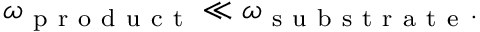
\omega _ { \mathrm { ~ p ~ r ~ o ~ d ~ u ~ c ~ t ~ } } \ll \omega _ { \mathrm { ~ s ~ u ~ b ~ s ~ t ~ r ~ a ~ t ~ e ~ } } .